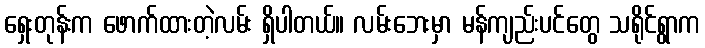
ရှေးတုန်းက ဖောက်ထားတဲ့လမ်း ရှိပါတယ်။ လမ်းဘေးမှာ မန်ကျည်းပင်တွေ သရိုင်ရွာက